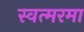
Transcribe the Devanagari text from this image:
स्वत्मरमा